画像に写った文字を読んでください
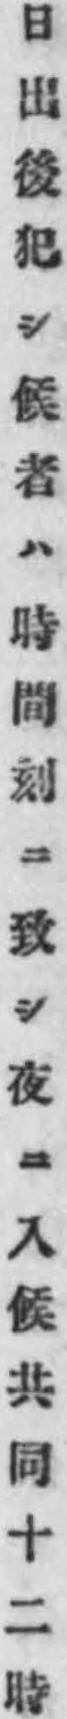
「日出後犯シ候者ハ時間刻ニ致シ夜ニ入候共同十二時」と書いてあります